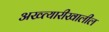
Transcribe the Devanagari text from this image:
अख्त्यारीखालील